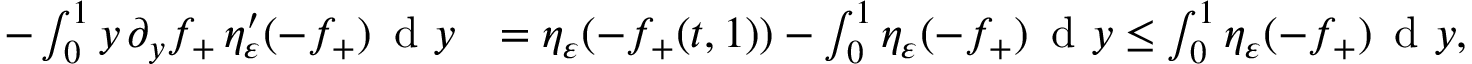
\begin{array} { r l } { - \int _ { 0 } ^ { 1 } y \, \partial _ { y } f _ { + } \, \eta _ { \varepsilon } ^ { \prime } ( - f _ { + } ) \, \textup { d } y } & { = \eta _ { \varepsilon } ( - f _ { + } ( t , 1 ) ) - \int _ { 0 } ^ { 1 } \eta _ { \varepsilon } ( - f _ { + } ) \, \textup { d } y \le \int _ { 0 } ^ { 1 } \eta _ { \varepsilon } ( - f _ { + } ) \, \textup { d } y , } \end{array}